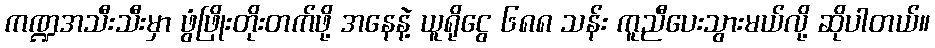
ကဏ္ဍအသီးသီးမှာ ဖွံဖြိုးတိုးတက်ဖို့ အနေနဲ့ ယူရိုငွေ ၆၈၈ သန်း ကူညီပေးသွားမယ်လို့ ဆိုပါတယ်။